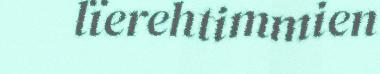
lïerehtimmien